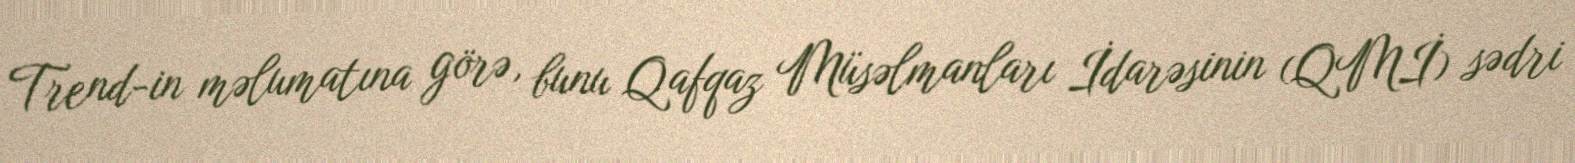
Trend-in məlumatına görə, bunu Qafqaz Müsəlmanları İdarəsinin (QMİ) sədri